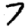
Digit: 7